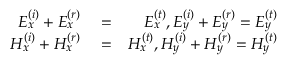
\begin{array} { r l r } { E _ { x } ^ { \left( i \right) } + E _ { x } ^ { \left( r \right) } } & { { } = } & { E _ { x } ^ { \left( t \right) } , E _ { y } ^ { \left( i \right) } + E _ { y } ^ { \left( r \right) } = E _ { y } ^ { \left( t \right) } } \\ { H _ { x } ^ { \left( i \right) } + H _ { x } ^ { \left( r \right) } } & { { } = } & { H _ { x } ^ { \left( t \right) } , H _ { y } ^ { \left( i \right) } + H _ { y } ^ { \left( r \right) } = H _ { y } ^ { \left( t \right) } } \end{array}